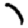
Digit: 7